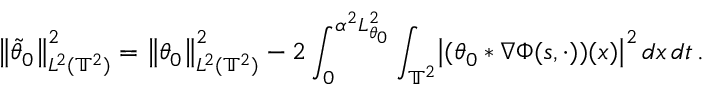
\bigl \| \tilde { \theta } _ { 0 } \bigr \| _ { L ^ { 2 } ( \ensuremath { \mathbb { T } } ^ { 2 } ) } ^ { 2 } = \bigl \| \theta _ { 0 } \bigr \| _ { L ^ { 2 } ( \ensuremath { \mathbb { T } } ^ { 2 } ) } ^ { 2 } - 2 \int _ { 0 } ^ { \alpha ^ { 2 } L _ { \theta _ { 0 } } ^ { 2 } } \int _ { \ensuremath { \mathbb { T } } ^ { 2 } } \bigl | ( \theta _ { 0 } \ast \nabla \Phi ( s , \cdot ) ) ( x ) \bigr | ^ { 2 } \, d x \, d t \, .